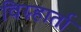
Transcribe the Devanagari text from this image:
विग्न्हार्ता